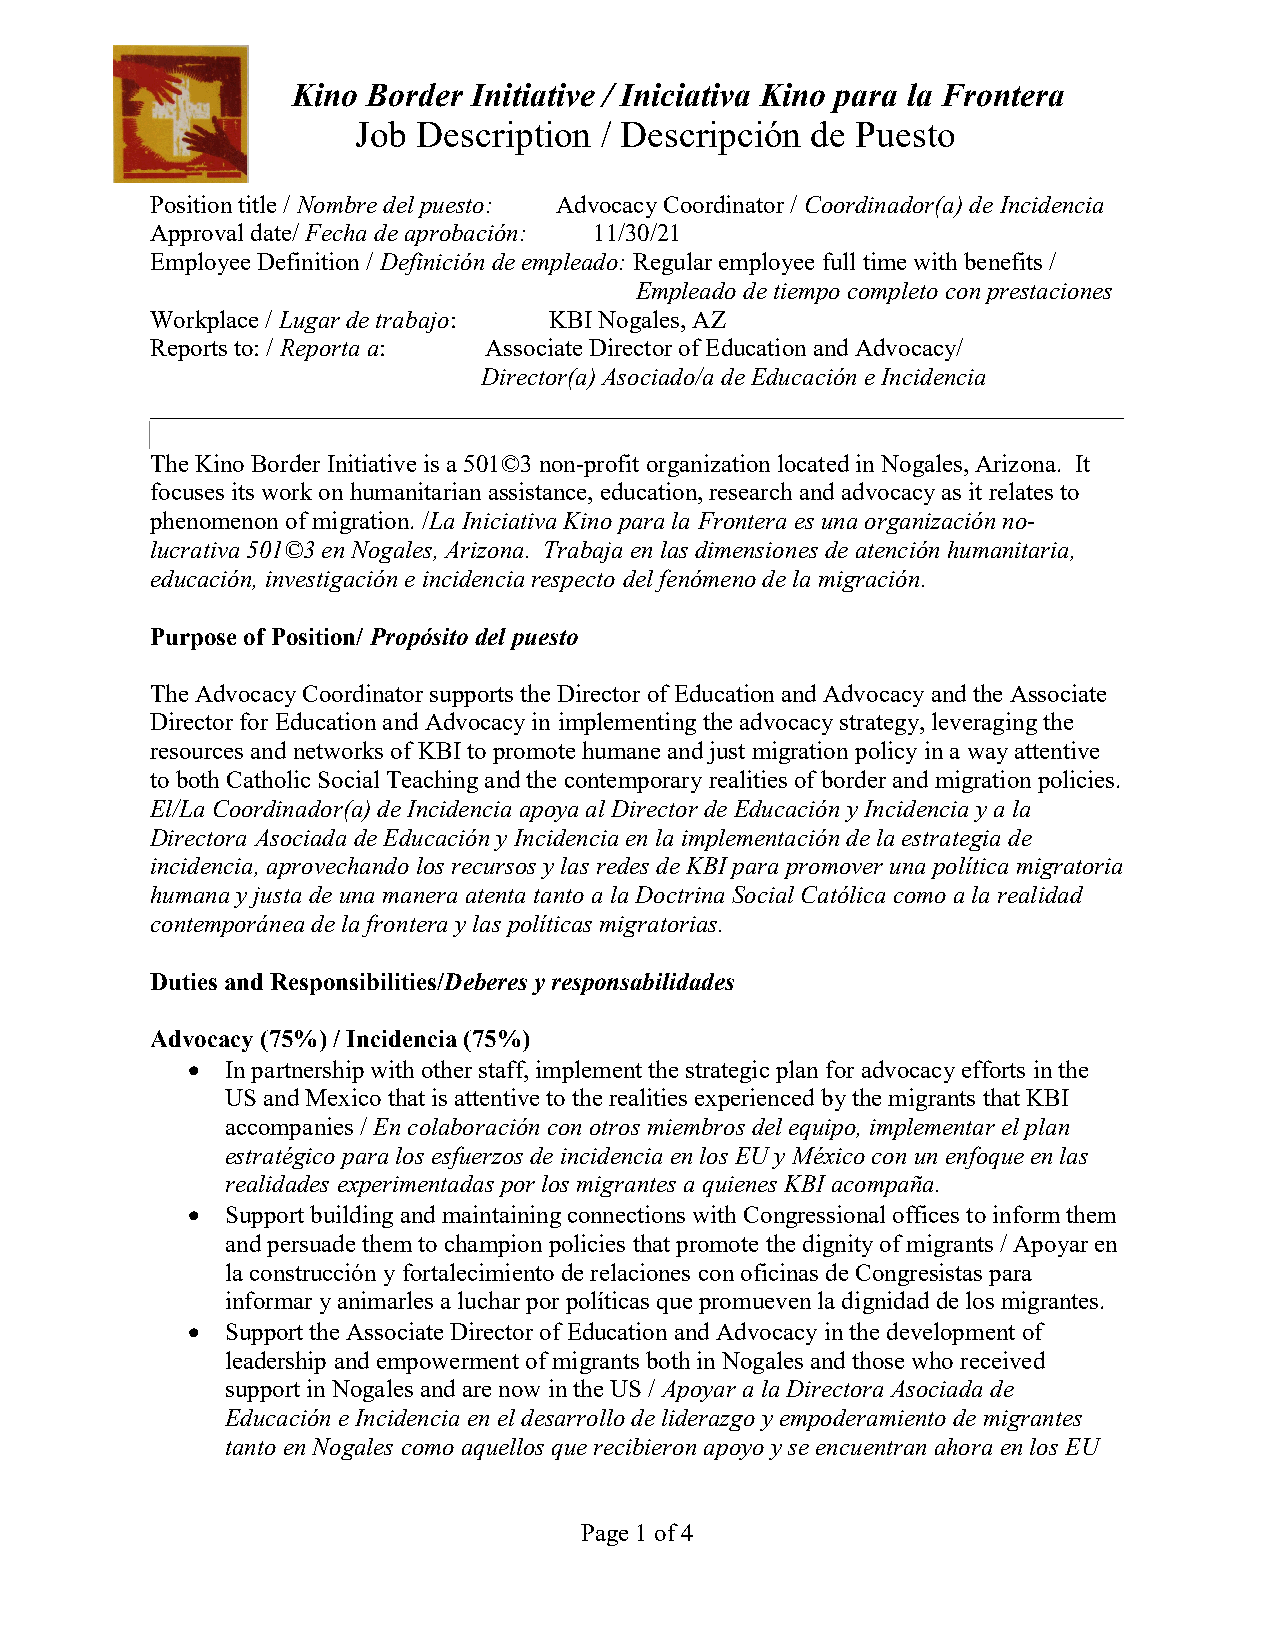
Kino Border Initiative / Iniciativa Kino para la Frontera
 Job Description / Descripción de Puesto
 Position title / Nombre del puesto: Advocacy Coordinator / Coordinador(a) de Incidencia
 Approval date/ Fecha de aprobación: 11/30/21
 Employee Definition / Definición de empleado: Regular employee full time with benefits /
 Empleado de tiempo completo con prestaciones
 Workplace / Lugar de trabajo: KBI Nogales, AZ
 Reports to: / Reporta a: Associate Director of Education and Advocacy/
 Director(a) Asociado/a de Educación e Incidencia
 ______________________________________________________________________________
 The Kino Border Initiative is a 501©3 non-profit organization located in Nogales, Arizona. It
 focuses its work on humanitarian assistance, education, research and advocacy as it relates to
 phenomenon of migration. /La Iniciativa Kino para la Frontera es una organización no-
 lucrativa 501©3 en Nogales, Arizona. Trabaja en las dimensiones de atención humanitaria,
 educación, investigación e incidencia respecto del fenómeno de la migración.
 Purpose of Position/ Propósito del puesto
 The Advocacy Coordinator supports the Director of Education and Advocacy and the Associate
 Director for Education and Advocacy in implementing the advocacy strategy, leveraging the
 resources and networks of KBI to promote humane and just migration policy in a way attentive
 to both Catholic Social Teaching and the contemporary realities of border and migration policies.
 El/La Coordinador(a) de Incidencia apoya al Director de Educación y Incidencia y a la
 Directora Asociada de Educación y Incidencia en la implementación de la estrategia de
 incidencia, aprovechando los recursos y las redes de KBI para promover una política migratoria
 humana y justa de una manera atenta tanto a la Doctrina Social Católica como a la realidad
 contemporánea de la frontera y las políticas migratorias.
 Duties and Responsibilities/Deberes y responsabilidades
 Advocacy (75%) / Incidencia (75%)
   In partnership with other staff, implement the strategic plan for advocacy efforts in the
 US and Mexico that is attentive to the realities experienced by the migrants that KBI
 accompanies / En colaboración con otros miembros del equipo, implementar el plan
 estratégico para los esfuerzos de incidencia en los EU y México con un enfoque en las
 realidades experimentadas por los migrantes a quienes KBI acompaña.
   Support building and maintaining connections with Congressional offices to inform them
 and persuade them to champion policies that promote the dignity of migrants / Apoyar en
 la construcción y fortalecimiento de relaciones con oficinas de Congresistas para
 informar y animarles a luchar por políticas que promueven la dignidad de los migrantes.
   Support the Associate Director of Education and Advocacy in the development of
 leadership and empowerment of migrants both in Nogales and those who received
 support in Nogales and are now in the US / Apoyar a la Directora Asociada de
 Educación e Incidencia en el desarrollo de liderazgo y empoderamiento de migrantes
 tanto en Nogales como aquellos que recibieron apoyo y se encuentran ahora en los EU
 Page 1 of 4